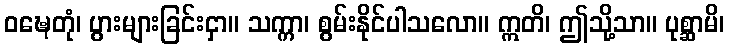
ဝဍ္ဎေတုံ၊ ပွားများခြင်းငှာ။ သက္ကာ၊ စွမ်းနိုင်ပါသလော။ ဣတိ၊ ဤသို့သာ။ ပုစ္ဆာမိ၊